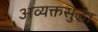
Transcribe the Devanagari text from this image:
अव्यक्तसुद्धा